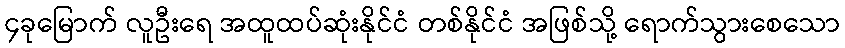
၄ခုမြောက် လူဦးရေ အထူထပ်ဆုံးနိုင်ငံ တစ်နိုင်ငံ အဖြစ်သို့ ရောက်သွားစေသော